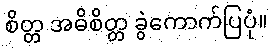
စိတ္တ အဓိစိတ္တ ခွဲကောက်ပြပုံ။